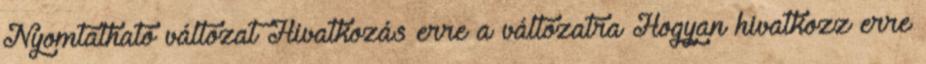
Nyomtatható változat Hivatkozás erre a változatra Hogyan hivatkozz erre